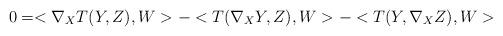
LaTeX: \begin{align*}0=<\nabla_{X}T(Y,Z),W>-<T(\nabla_{X}Y,Z),W>-<T(Y,\nabla_{X}Z),W>\end{align*}